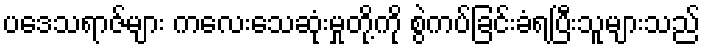
ပဒေသရာဇ်များ ကလေးသေဆုံးမှုတို့ကို စွဲကပ်ခြင်းခံရပြီးသူများသည်